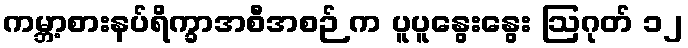
ကမ္ဘာ့စားနပ်ရိက္ခာအစီအစဉ် က ပူပူနွေးနွေး ဩဂုတ် ၁၂